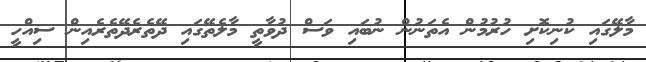
މާލޭގައި ކުނިކޮށި ހުރުމުން އެތަނުން ނުބައި ވަސް ދުވާތީ މާލެތޭގައި ދޭތެރެދޭތެރެއިން ސިއްހީ